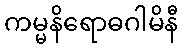
ကမ္မနိရောဓဂါမိနီ